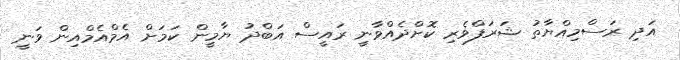
އަދި ރަސްމިއްޔާތު ޝަރަފްވެރި ކޮށްދެއްވާނީ ރައީސް އަބްދު ޔާމީން ކަމަށް އެމްއެމްއިން ވަނީ